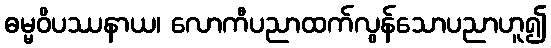
ဓမ္မဝိပဿနာယ၊ လောကီပညာထက်လွန်သောပညာဟူ၍